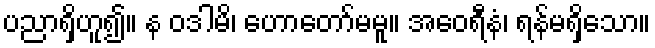
ပညာရှိဟူ၍။ န ဝဒါမိ၊ ဟောတော်မမူ။ အဝေရီနံ၊ ရန်မရှိသော။